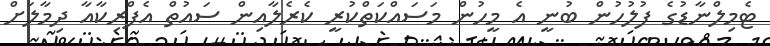
ޓެމިލްނާޑުގެ ފުލުހުން ބުނީ އެ މީހުން މަސައްކަތްކުރީ ކެރެލާއިން ސައުތް އެފްރިކާއާ ދިމާލަށް